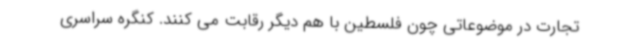
تجارت در موضوعاتی چون فلسطین با هم دیگر رقابت می کنند. کنگره سراسری